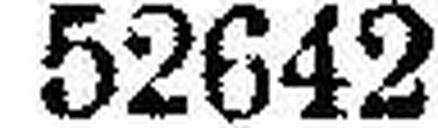
52642